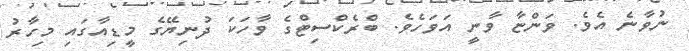
ނުވާނެ އެވެ. ވަންޏާ ވާނީ އަވަހެވެ. ބްރެކްސިޓްގެ ވާހަކަ ދުނިޔޭގެ މީޑިއާގައި މިހާރު